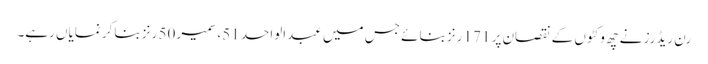
رن ریڈرز نے چھ وکٹوں کے نقصان پر 171 رنز بنائے جس میں عبدالواحد 51، سمیر 50 رنز بناکر نمایاں رہے۔